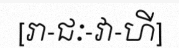
[រា-ជៈ-វា-ហី]